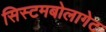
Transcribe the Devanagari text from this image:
सिस्टमबोलागेट